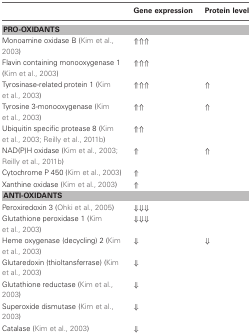
|  | Gene expression | Protein level |
 | --- | --- | --- |
 | <COLSPAN=3> PRO-OXIDANTS |
 | Monoamine oxidase B (Kim et al., 2003) | ⇑⇑⇑ |  |
 | Flavin containing monooxygenase 1 (Kim et al., 2003) | ⇑⇑⇑ |  |
 | Tyrosinase-related protein 1 (Kim et al., 2003) | ⇑⇑⇑ | ⇑ |
 | Tyrosine 3-monooxygenase (Kim et al., 2003) | ⇑⇑ | ⇑ |
 | Ubiquitin specific protease 8 (Kim et al., 2003; Reilly et al., 2011b) | ⇑⇑ |  |
 | NAD(P)H oxidase (Kim et al., 2003; Reilly et al., 2011b) | ⇑ | ⇑ |
 | Cytochrome P 450 (Kim et al., 2003) | ⇑ |  |
 | Xanthine oxidase (Kim et al., 2003) | ⇑ |  |
 | <COLSPAN=3> ANTI-OXIDANTS |
 | Peroxiredoxin 3 (Ohki et al., 2005) | ⇓⇓⇓ |  |
 | Glutathione peroxidase 1 (Kim et al., 2003) | ⇓⇓⇓ |  |
 | Heme oxygenase (decycling) 2 (Kim et al., 2003) | ⇓ | ⇓ |
 | Glutaredoxin (thioltansferrase) (Kim et al., 2003) | ⇓ |  |
 | Glutathione reductase (Kim et al., 2003) | ⇓ |  |
 | Superoxide dismutase (Kim et al., 2003) | ⇓ |  |
 | Catalase (Kim et al., 2003) | ⇓ |  |